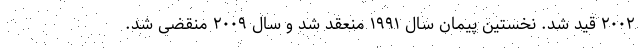
۲۰۰۲ قید شد. نخستین پیمان سال ۱۹۹۱ منعقد شد و سال ۲۰۰۹ منقضی شد.